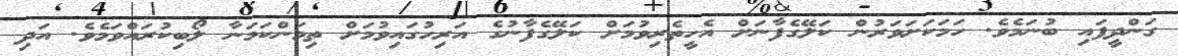
ގަންދީފައި ބުނަމެވެ. ހަމަކަށަވަރުން ކަލޭގެފާނަށް އެހީތެރިވުމަށް ކަލޭގެފާނުގެ އަރިހުގައިވުމަށް ތިމަންކަމަނާ ލޯބިކުރައްވަމެވެ. އަދި